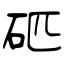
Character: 𥐵